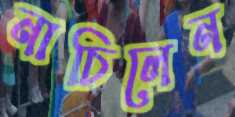
নাচিলেন